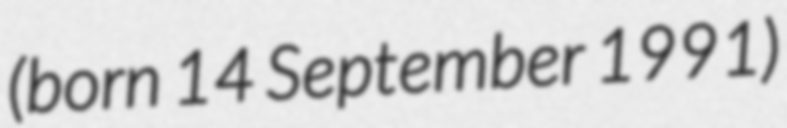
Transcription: (born 14 September 1991)